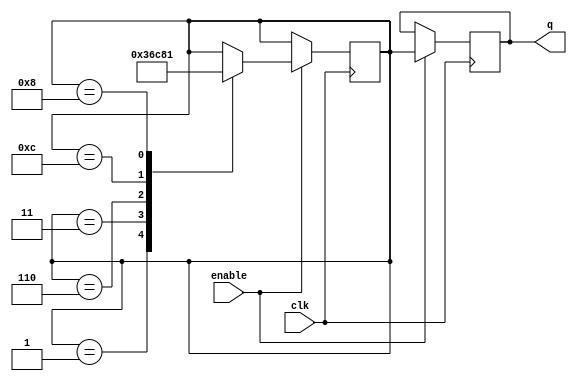
module johnson_counter_with_enable (
    input wire clk,
    input wire enable,
    output reg [3:0] q
);

reg [3:0] state;

always @(posedge clk) begin
    if (enable) begin
        case(state)
            4'b0001: state <= 4'b0011;
            4'b0011: state <= 4'b0110;
            4'b0110: state <= 4'b1100;
            4'b1100: state <= 4'b1000;
            4'b1000: state <= 4'b0001;
        endcase
    end
end

always @(posedge clk) begin
    if (enable) begin
        q <= state;
    end
end

endmodule